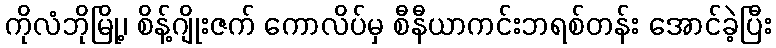
ကိုလံဘိုမြို့၊ စိန့်ဂျိုးဇက် ကောလိပ်မှ စီနီယာကင်းဘရစ်တန်း အောင်ခဲ့ပြီး